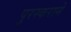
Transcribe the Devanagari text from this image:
पुरस्कराने